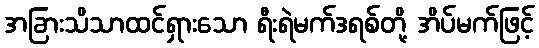
အခြားသိသာထင်ရှားသော ရီးရဲမက်ဒရစ်တို့ အိပ်မက်ဖြင့်